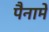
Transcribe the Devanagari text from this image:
पैनामे